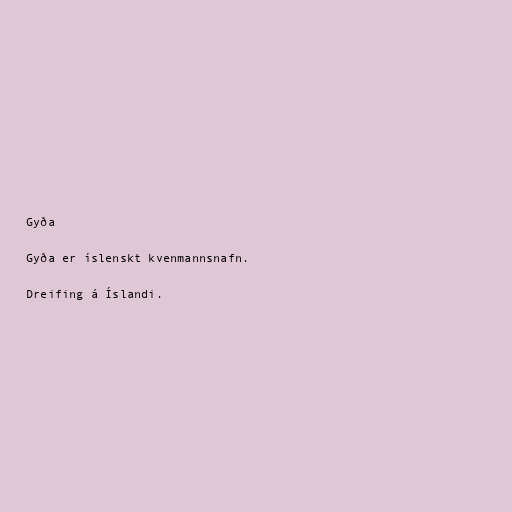
Gyða

Gyða er íslenskt kvenmannsnafn.

Dreifing á Íslandi.